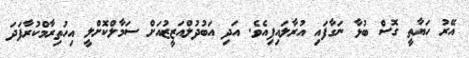
އޭރު ހަޔާތީ ގޮސް ބުޅާ ނަގާފައި އުރާލައިފިއެވެ. އަދި އަބުދުލްއަޒީޒުއަށް ސަމާލްކޮށްލީ އިހުތިރާމްކުރާފަދަ